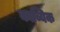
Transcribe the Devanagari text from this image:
काव्यिक